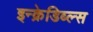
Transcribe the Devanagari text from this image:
इन्क्रेडिब्ल्स